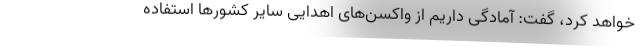
خواهد کرد، گفت: آمادگی داریم از واکسن‌های اهدایی سایر کشورها استفاده